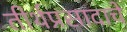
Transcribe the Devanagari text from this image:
तीर्थप्रसादाचे